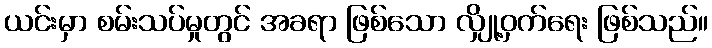
ယင်းမှာ စမ်းသပ်မှုတွင် အခရာ ဖြစ်သော လျှို့ဝှက်ရေး ဖြစ်သည်။